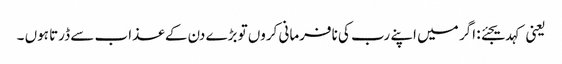
یعنی کہدیجئے: اگر میں اپنے رب کی نافرمانی کروں تو بڑے دن کے عذاب سے ڈرتا ہوں ۔